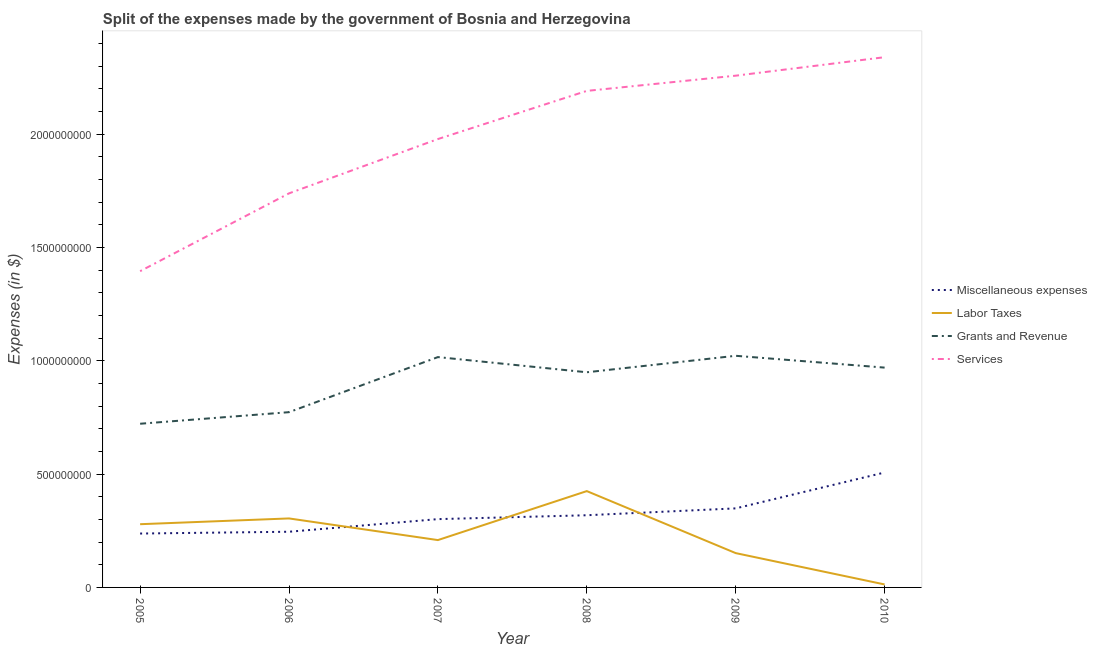
| Year | Miscellaneous expenses | Labor Taxes | Grants and Revenue | Services |
 | --- | --- | --- | --- | --- |
 | 2005 | 2.38e+08 | 2.79e+08 | 7.22e+08 | 1.4e+09 |
 | 2006 | 2.46e+08 | 3.04e+08 | 7.73e+08 | 1.74e+09 |
 | 2007 | 3.01e+08 | 2.09e+08 | 1.02e+09 | 1.98e+09 |
 | 2008 | 3.19e+08 | 4.25e+08 | 9.49e+08 | 2.19e+09 |
 | 2009 | 3.49e+08 | 1.51e+08 | 1.02e+09 | 2.26e+09 |
 | 2010 | 5.07e+08 | 1.32e+07 | 9.7e+08 | 2.34e+09 |